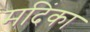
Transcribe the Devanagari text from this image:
मदिंका